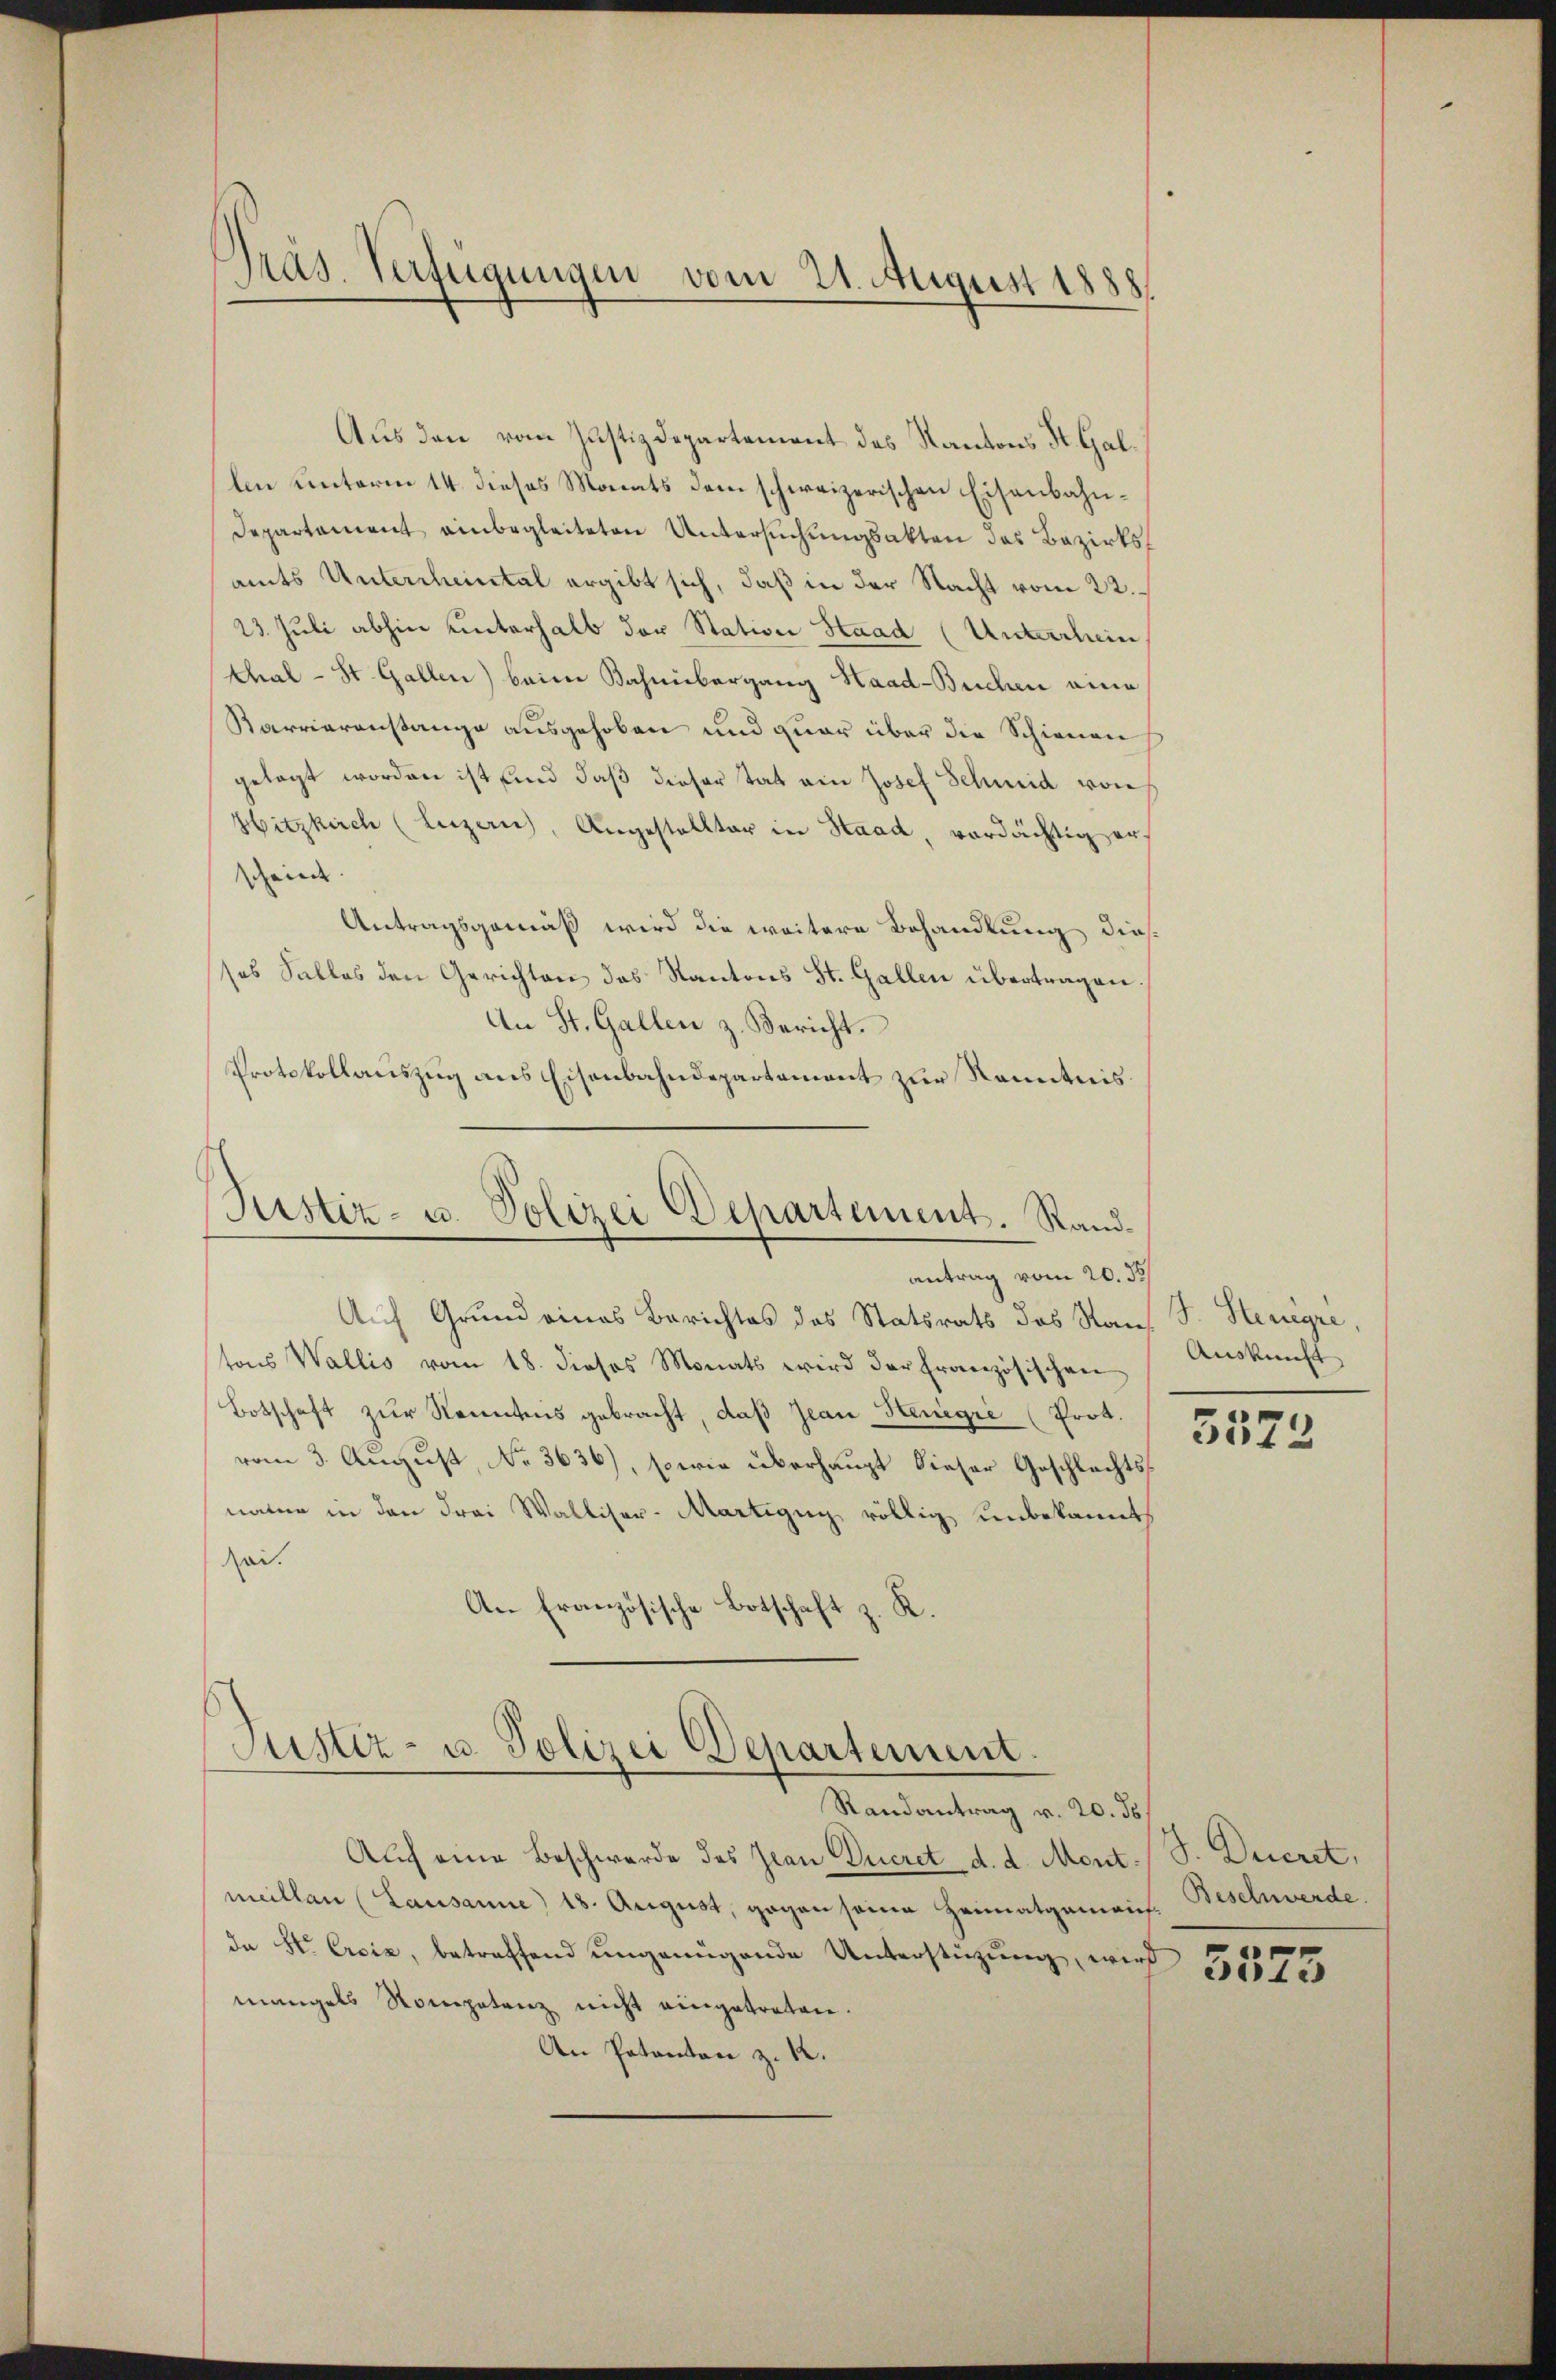
Präs. Verfügungen vom 21. August 1888.

Aus den vom Justizdepartement des Kantons St. Gallen unterm 14. dieses Monats dem schweizerischen Eisenbahn¬
Departament einbegleiteten Untersuchungsakten des Bezirksamts Untercheintal ergibt sich, daß in der Nacht vom 22.
23. Juli abhin unterhalb der Station Staad (Unterschein
thal - St. Gallen) beim Bahnübergang Haad-Buchen eine
Karrieranstange ausgehoben und quar über die Schienen
gelegt worden ist und daß dieser tat ein Josef Schmid von
Hitzkirch (Luzern, Angestellter in Staad, verdächtig erscheint.
Antragsgemäß wird die weitere Behandlung diesses Salles den Gerichten das Kantons St. Gallen übertragen.
An St. Gallen z. Bericht.
Protokollauszug aus Eisenbahndepartement zur Kenntnis

Justiz- u. Polizei Departement. Randantrag vom 20. 35

Justiz- u. Polizei Departement.
Randantrag v. 20. ds.

Auf Grund eines Berichtes des Statsrats des Rau, S. Stenogré,
tons Wallis vom 18. dieses Monats wird der französischen
Botschaft zur Kenntnis gebracht, daß Jean Henegre (Prot.
vom 3. August, No. 3636), sowie überhaupt dieser Geschlechtsname in den Frei Walliser-Martigny, völlig unbekannt,
sei.
An Französische Botschaft z. K.

Auch eine Beschwerde des Jean Queret d. d. Montmeillan (Lausanne) 18. August, gegen seine Heimatgemais. Beschwerde
da H. Ersis, betreffend ungenügende Unterstüzung, wird
mangels Nompetenz nicht eingetreten.
An Patanton z. 12.

Auskunft

5573

S. Decret,

5573